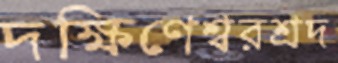
দক্ষিণেশ্বরশ্রদ